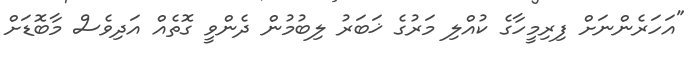
"އަހަރެންނަށް ފިރިމީހާގެ ކުއްލި މަރުގެ ޚަބަރު ލިބުމުން ދެންވީ ގޮތެއް އަދިވެސް މާބޮޑަށް